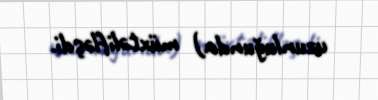
uzunluğunda) müxtəlifləşdi.